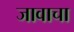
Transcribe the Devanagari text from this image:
जावाचा